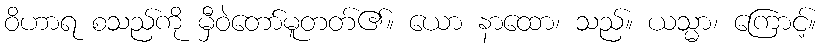
ဝိဟာရ စသည်ကို မှီဝဲတော်မူတတ်၏။ ယော နာထော၊ သည်။ ယသ္မာ၊ ကြောင့်။